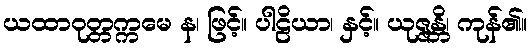
ယထာဝုတ္တက္ကမေ န၊ ဖြင့်။ ပါဠိယာ၊ နှင့်။ ယုဇ္ဇန္တိ၊ ကုန်၏။